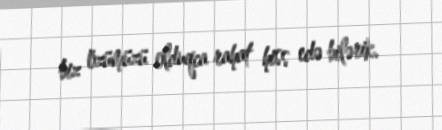
biz özümüzü olduqca rahat hiss edə bilərik.